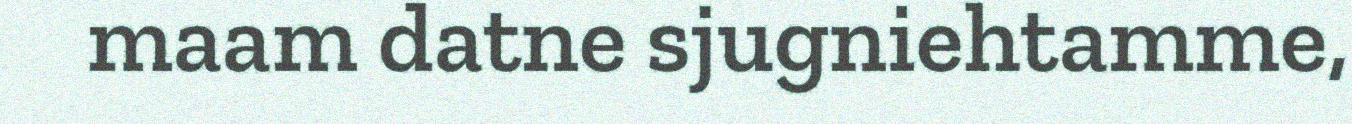
maam datne sjugniehtamme,